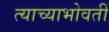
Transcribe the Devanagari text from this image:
त्याच्याभोवतीं